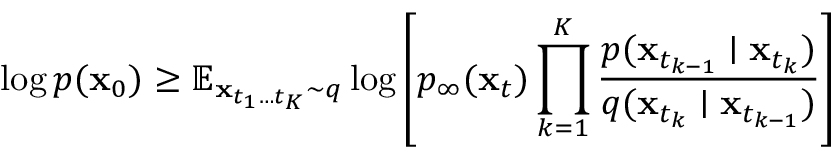
\log p ( \mathbf { x } _ { 0 } ) \ge \mathbb { E } _ { \mathbf { x } _ { t _ { 1 } \ldots t _ { K } } \sim q } \log \left[ p _ { \infty } ( \mathbf { x } _ { t } ) \prod _ { k = 1 } ^ { K } \frac { p ( \mathbf { x } _ { t _ { k - 1 } } \mid \mathbf { x } _ { t _ { k } } ) } { q ( \mathbf { x } _ { t _ { k } } \mid \mathbf { x } _ { t _ { k - 1 } } ) } \right]